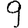
Digit: 9